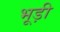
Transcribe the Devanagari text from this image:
भूड़ी